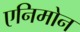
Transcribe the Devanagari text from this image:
एनिमोन